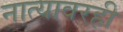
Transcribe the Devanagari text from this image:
नात्यावरही